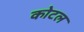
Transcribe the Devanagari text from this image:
कोटल